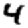
Digit: 4